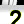
Digit: 2